Report on the lunatic asylums under the Government of Bombay - 1904-1913
Year: 1904
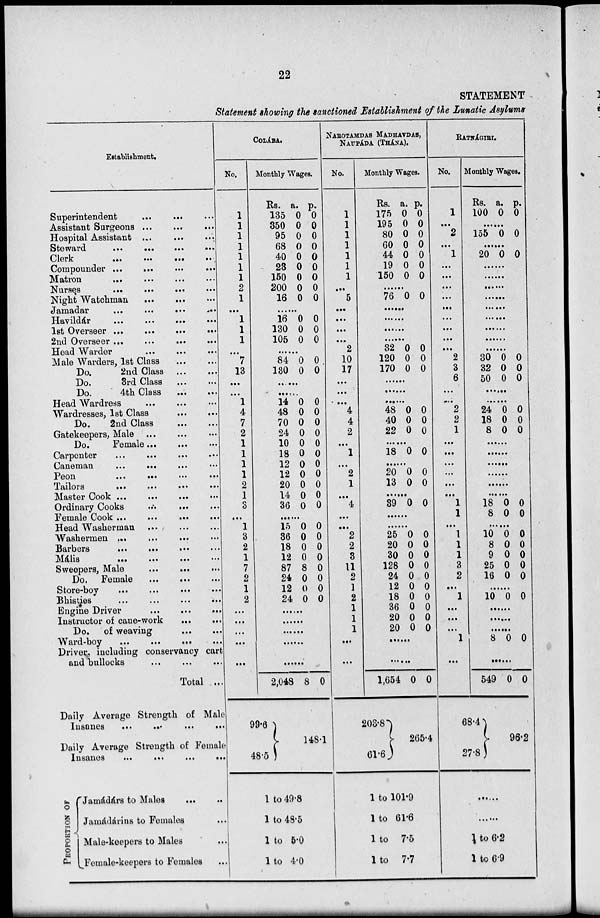
22
STATEMENT
Statement showing the sanctioned Establishment of the Lunatic Asylums
Establishment.
Superintendent ... ... ... ...
Assistant Surgeons ... ... ...
Hospital Assistant ... ... ...
Steward
...
...
...
...
Clerk
...
...
...
Compounder ... ... ... ...
Matron ... ... ... ...
Nurses
...
...
...
...
Night Watchman
... ... ...
Jamadar
...
...
...
...
Havildár
...
...
...
...
1st Overseer ...
...
...
...
2nd Overseer ... ... ... ...
Head Warder ... ... ...
Male Warders, 1st Class
...
...
Do.
2nd Class ... ...
Do.
3rd Class ... ...
Do.
4th Class
...
...
Head Wardress ... ... ...
Wardresses, 1st Class
...
...
Do.
2nd Class
...
...
Gatekeepers, Male ... ... ...
Do.
Female ... ... ...
Carpenter ... ... ... ...
Caneman ... ... ... ...
Peon
...
...
...
...
Tailors
...
...
...
...
Master Cook ... ... ... ...
Ordinary Cooks ... ...
...
Female Cook ... ... ...
...
Head Washerman ... ... ...
Washermen ... ... ... ...
Barbers
...
...
...
...
Mális
...
...
...
...
Sweepers, Male ... ...
...
Do. Female ... ... ...
Store-boy
...
...
...
...
Bhisties
...
...
...
...
Engine Driver
...
...
...
Instructor of cane-work
...
...
Do. of weaving
...
...
Ward-boy
...
...
...
...
Driver including conservancy cart
and bullocks ... ... ...
Total ...
Daily Average Strength of Male
Insanes
...
...
...
...
Daily Average Strength of Female
Insanes ... ...
...
...
PROPORTION OF
Jamádárs to Males ... ...
Jamádárins to Females ...
Male-keepers to Males ...
Female-keepers to Females ...
COLÁBA.
No.
1
1
1
1
1
1
1
2
1
...
1
1
1
...
7
13
...
...
1
4
7
2
1
1
1
1
2
1
3
...
1
3
2
1
7
2
1
2
...
...
...
...
...
Monthly Wages.
Rs.
135
350
95
68
40
23
150
200
16
a.
0
0
0
0
0
0
0
0
0
p.
0
0
0
0
0
0
0
0
0
......
16
130
105
0
0
0
0
0
0
......
84
130
0
0
0
0
......
......
14
48
70
24
10
18
12
12
20
14
36
0
0
0
0
0
0
0
0
0
0
0
0
0
0
0
0
0
0
0
0
0
0
......
15
36
18
12
87
24
12
24
0
0
0
0
8
0
0
0
0
0
0
0
0
0
0
0
......
......
......
......
......
2,048
99.6
48.5
8 0
148.1
1 to 49.8
1 to 48.5
1 to 5.0
1 to 4.0
NAROTAMDAS MADHAVDAS,
NAUPÁDA (THÁNA).
No.
1
1
1
1
1
1
1
...
5
...
...
...
...
2
10
17
...
...
...
4
4
2
...
1
...
2
1
...
4
...
...
2
2
3
11
2
1
2
1
1
1
...
...
Monthly Wages.
Rs.
175
195
80
60
44
19
150
a.
0
0
0
0
0
0
0
p.
0
0
0
0
0
0
0
......
76 0 0
......
......
......
......
32
120
170
0
0
0
0
0
0
......
......
......
48
40
22
0
0
0
0
0
0
......
18 0 0
......
20
13
0
0
0
0
......
39 0 0
......
......
25
20
30
128
24
12
18
36
20
20
0
0
0
0
0
0
0
0
0
0
0
0
0
0
0
0
0
0
0
0
......
......
1,654
203.8
61.6
0 0
265.4
1 to 101.9
1 to 61.6
1 to 7.5
1 to 7.7
RATNÁGIRI.
No.
1
...
2
...
1
...
...
...
...
...
...
...
...
...
2
3
6
...
...
2
2
1
...
...
...
...
...
...
1
1
...
1
1
1
3
2
...
1
...
...
...
1
...
Monthly Wages.
Rs.
100
a.
0
p.
0
......
155 0 0
......
20 0 0
......
......
......
......
......
......
......
......
......
30
32
50
0
0
0
0
0
0
......
......
24
18
8
0
0
0
0
0
0
......
......
......
......
......
......
18
8
0
0
0
0
......
10
8
9
25
16
0
0
0
0
0
0
0
0
0
0
......
10 0 0
......
......
......
8 0 0
......
549
68.4
27.8
0 0
96.2
......
......
1 to 6.2
1 to 6.9